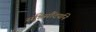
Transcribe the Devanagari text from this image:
सृष्टिसौंदर्याने